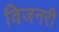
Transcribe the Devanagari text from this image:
विजनरी